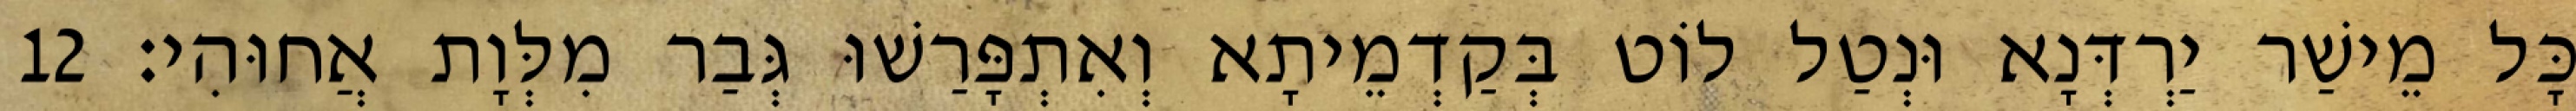
כָּל מֵישַׁר יַרְדְּנָא וּנְטַל לוֹט בְּקַדְמֵיתָא וְאִתְפָּרַשׁוּ גְּבַר מִלְּוָת אֲחוּהִי׃ 12